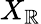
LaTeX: X_{\mathbb{R}}